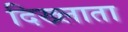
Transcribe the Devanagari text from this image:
दिख्लाता